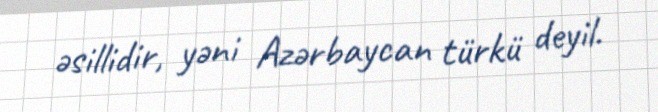
əsillidir, yəni Azərbaycan türkü deyil.